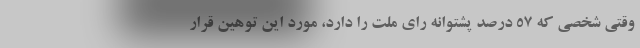
وقتی شخصی که ۵۷ درصد پشتوانه رای ملت را دارد، مورد این توهین قرار